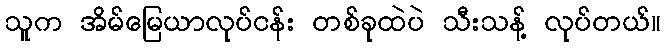
သူက အိမ်မြေယာလုပ်ငန်း တစ်ခုထဲပဲ သီးသန့် လုပ်တယ်။